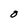
Character: O